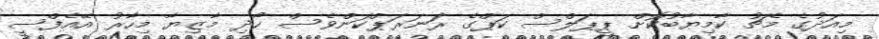
މިއަދުގެ މެޗު ކާމިޔާބުކޮށް ޕީޕަލްސް ކަޕްގެ ރަނަރަޕްކަންވެސް ހޯދި މާޒިޔާ މިހާރު އޭއެފްސީ